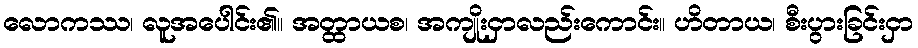
လောကဿ၊ လူအပေါင်း၏။ အတ္ထာယစ၊ အကျိုးငှာလည်းကောင်း။ ဟိတာယ၊ စီးပွားခြင်းငှာ